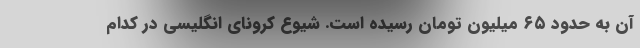
آن به حدود ۶۵ میلیون تومان رسیده است. شیوع کرونای انگلیسی در کدام